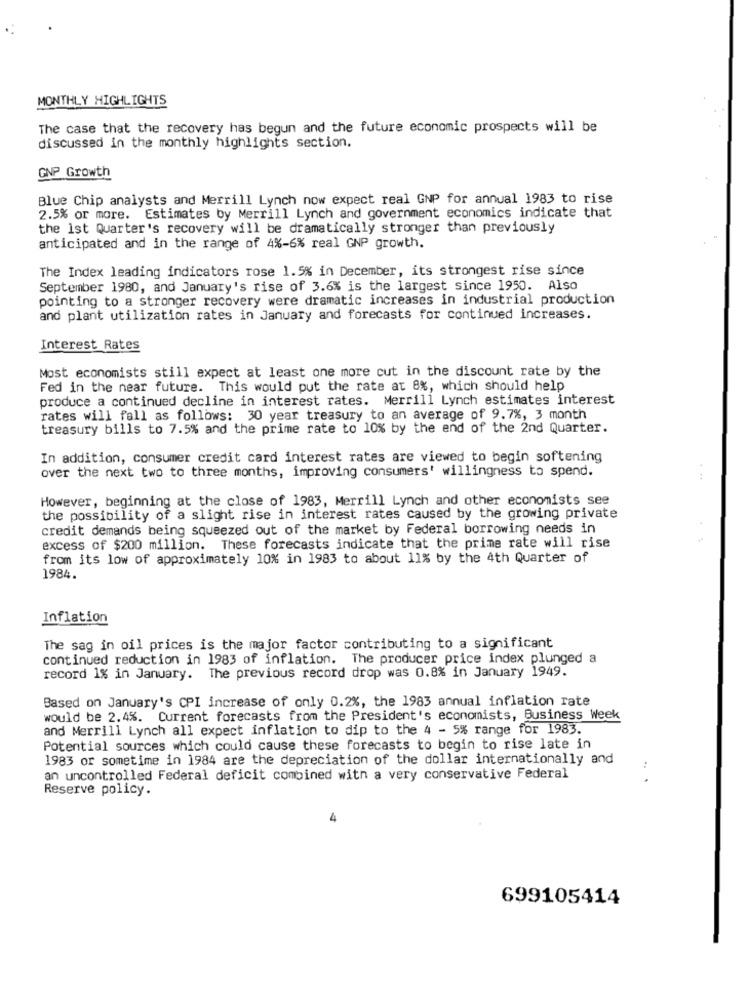
MONTHLY HIGHLIGHTS
The case that the recovery has begun and the future economic prospects will be
discussed in the monthly highlights section.
GNP Growth
Blue Chip analysts and Merrill Lynch now expect real GNP for annual 1983 to rise
2.5% or more. Estimates by Merrill Lynch and government economics indicate that
the 1st Quarter's recovery will be dramatically stronger than previously
anticipated and in the range of 4%-6% real GNP growth.
The Index leading indicators rose 1.5% in December, its strongest rise since
September 1980, and January's rise of 3.6% is the largest since 1950. Also
pointing to a stronger recovery were dramatic increases in industrial production
and plant utilization rates in January and forecasts for continued increases.
Interest Rates
Most economists still expect at least one more cut in the discount rate by the
Fed in the near future. This would put the rate at 8%, which should help
produce a continued decline in interest rates. Merrill Lynch estimates interest
rates will fall as follows: 30 year treasury to an average of 9.7%, 3 month
treasury bills to 7.5% and the prime rate to 10% by the end of the 2nd Quarter.
In addition, consumer credit card interest rates are viewed to begin softening
over the next two to three months, improving consumers' willingness to spend.
However, beginning at the close of 1983, Merrill Lynch and other economists see
the possibility of a slight rise in interest rates caused by the growing private
credit demands being squeezed out of the market by Federal borrowing needs in
excess of $200 million. These forecasts indicate that the prime rate will rise
from its low of approximately 10% in 1983 to about 11% by the 4th Quarter of
1984.
Inflation
The sag in oil prices is the major factor contributing to a significant
continued reduction in 1983 of inflation. The producer price index plunged a
record 1% in January. The previous record drop was 0.8% in January 1949.
Based on January's CPI increase of only 0.2%, the 1983 annual inflation rate
would be 2.4%. Current forecasts from the President's economists, Business Week
and Merrill Lynch all expect inflation to dip to the 4 - 5% range for 1983.
Potential sources which could cause these forecasts to begin to rise late in
1983 or sometime in 1984 are the depreciation of the dollar internationally and
an uncontrolled Federal deficit combined with a very conservative Federal
...
Reserve policy.
4
699105414